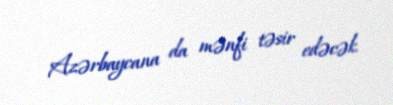
Azərbaycana da mənfi təsir edəcək.